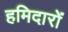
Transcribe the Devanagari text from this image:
हमिदारों